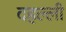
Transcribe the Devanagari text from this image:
दहल्ली